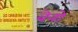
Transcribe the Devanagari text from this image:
वेनों